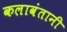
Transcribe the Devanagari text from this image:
कलावंतानी